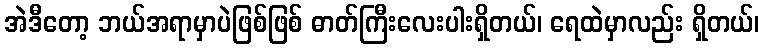
အဲဒီတော့ ဘယ်အရာမှာပဲဖြစ်ဖြစ် ဓာတ်ကြီးလေးပါးရှိတယ်၊ ရေထဲမှာလည်း ရှိတယ်၊